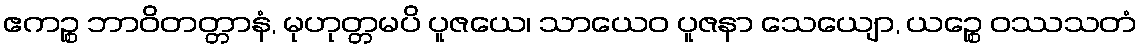
ဧကဉ္စ ဘာဝိတတ္တာနံ, မုဟုတ္တမပိ ပူဇယေ၊ သာယေဝ ပူဇနာ သေယျော, ယဉ္စေ ဝဿသတံ